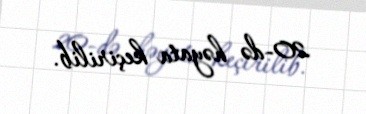
20-də həyata keçirilib.